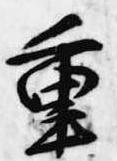
重